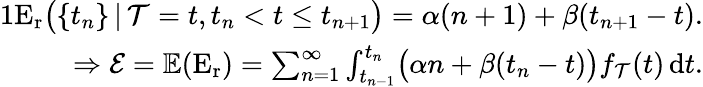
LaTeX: \begin{array}{r}{{1}\mathrm{E_{r}}\big(\{ t_{n}\} \, \vert\, \mathcal{T}=t,t_{n}<t\leq t_{n+1}\big)=\alpha(n+1)+\beta(t_{n+1}-t).}\\ {\Rightarrow\mathcal{E}=\mathbb{E}(\mathrm{E}_{\mathrm{r}})=\sum_{n=1}^{\infty}\int_{t_{n-1}}^{t_{n}}\! \big(\alpha n+\beta(t_{n}-t)\big)f_{\mathcal{T}}(t)\, \mathrm{d}t.}\end{array}